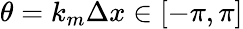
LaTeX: \theta=k_{m}\Delta x\in[-\pi,\pi]